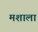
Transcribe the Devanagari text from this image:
मशाला